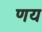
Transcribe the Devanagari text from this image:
णय